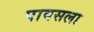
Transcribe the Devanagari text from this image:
पावसला